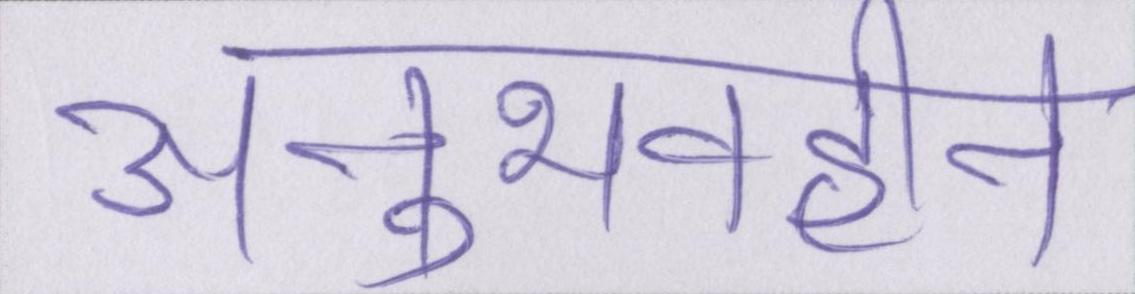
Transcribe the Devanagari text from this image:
अनुभवहीन